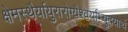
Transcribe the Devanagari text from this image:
क्षेमस्थैर्यायुरारोग्यैश्वर्याभ्युदयार्थं